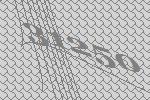
31250